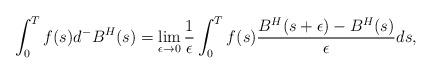
LaTeX: \begin{align*}\int^{T}_{0} f(s) d^{-}B^H(s) = \displaystyle \lim_{\epsilon \rightarrow 0} \frac{1}{\epsilon } \int^{T}_{0} f(s) \frac{B^H(s+ \epsilon ) - B^H(s)}{\epsilon} ds,\end{align*}